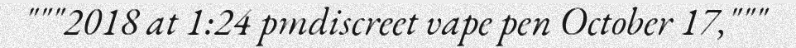
"""2018 at 1:24 pmdiscreet vape pen October 17,"""